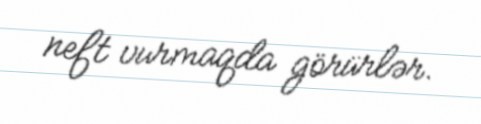
neft vurmaqda görürlər.